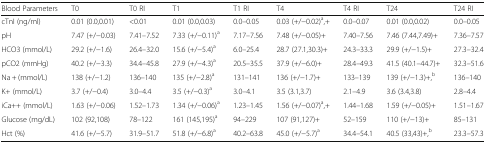
<table><thead><tr><td><b>Blood Parameters</b></td><td><b>T0</b></td><td><b>T0 RI</b></td><td><b>T1</b></td><td><b>T1 RI</b></td><td><b>T4</b></td><td><b>T4 RI</b></td><td><b>T24</b></td><td><b>T24 RI</b></td></tr></thead><tbody><tr><td>cTnI (ng/ml)</td><td>0.01 (0.0,0.01)</td><td>&lt;0.01</td><td>0.01 (0.0,0.03)</td><td>0.0–0.05</td><td>0.03 (+/−0.02)<sup>a</sup>,+</td><td>0.0–0.07</td><td>0.01 (0.0,0.02)</td><td>0.0–0.05</td></tr><tr><td>pH</td><td>7.47 (+/−0.03)</td><td>7.41–7.52</td><td>7.33 (+/−0.11)<sup>a</sup></td><td>7.17–7.56</td><td>7.48 (+/−0.05)+</td><td>7.40–7.56</td><td>7.46 (7.44,7.49)+</td><td>7.36–7.57</td></tr><tr><td>HCO3 (mmol/L)</td><td>29.2 (+/−1.6)</td><td>26.4–32.0</td><td>15.6 (+/−5.4)<sup>a</sup></td><td>6.0–25.4</td><td>28.7 (27.1,30.3)+</td><td>24.3–33.3</td><td>29.9 (+/−1.5)+</td><td>27.3–32.4</td></tr><tr><td>pCO2 (mmHg)</td><td>40.2 (+/−3.3)</td><td>34.4–45.8</td><td>27.9 (+/−4.3)<sup>a</sup></td><td>20.5–35.5</td><td>37.9 (+/−6.0)+</td><td>28.4–49.3</td><td>41.5 (40.1–44.7)+</td><td>32.3–51.6</td></tr><tr><td>Na + (mmol/L)</td><td>138 (+/−1.2)</td><td>136–140</td><td>135 (+/−2.8)<sup>a</sup></td><td>131–141</td><td>136 (+/−1.7)+</td><td>133–139</td><td>139 (+/−1.3)+,<sup>b</sup></td><td>136–140</td></tr><tr><td>K+ (mmol/L)</td><td>3.7 (+/−0.4)</td><td>3.0–4.4</td><td>3.5 (+/−0.3)<sup>a</sup></td><td>3.0–4.1</td><td>3.5 (3.1,3.7)</td><td>2.1–4.9</td><td>3.6 (3.4,3.8)</td><td>2.8–4.4</td></tr><tr><td>iCa++ (mmol/L)</td><td>1.63 (+/−0.06)</td><td>1.52–1.73</td><td>1.34 (+/−0.06)<sup>a</sup></td><td>1.23–1.45</td><td>1.56 (+/−0.07)<sup>a</sup>,+</td><td>1.44–1.68</td><td>1.59 (+/−0.05)+</td><td>1.51–1.67</td></tr><tr><td>Glucose (mg/dL)</td><td>102 (92,108)</td><td>78–122</td><td>161 (145,195)<sup>a</sup></td><td>94–229</td><td>107 (91,127)+</td><td>52–159</td><td>110 (+/−13)+</td><td>85–131</td></tr><tr><td>Hct (%)</td><td>41.6 (+/−5.7)</td><td>31.9–51.7</td><td>51.8 (+/−6.8)<sup>a</sup></td><td>40.2–63.8</td><td>45.0 (+/−5.7)<sup>a</sup></td><td>34.4–54.1</td><td>40.5 (33,43)+,<sup>b</sup></td><td>23.3–57.3</td></tr></tbody></table>